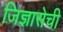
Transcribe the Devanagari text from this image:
जिज्ञासेची